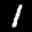
Label: 1